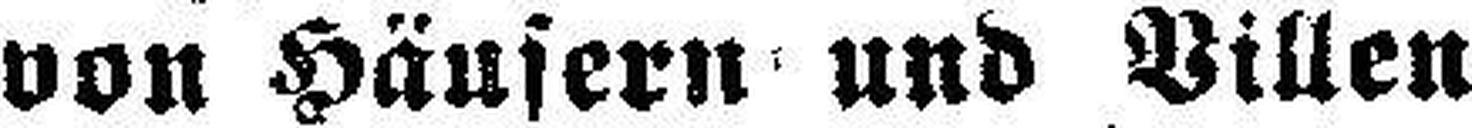
von Häusern und Villen